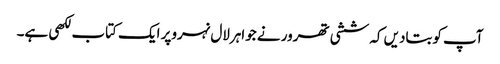
آپ کوبتادیں کہ ششی تھرور نے جواہرلال نہروپر ایک کتاب لکھی ہے۔